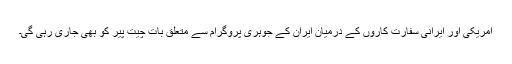
امریکی اور ایرانی سفارت کاروں کے درمیان ایران کے جوہری پروگرام سے متعلق بات چیت پیر کو بھی جاری رہی گی۔